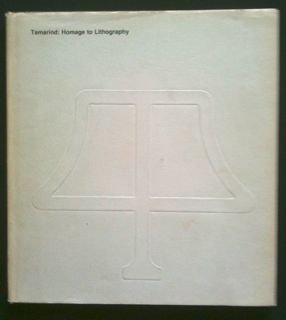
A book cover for Tamarind: Homage to Lithography; W. S. (preface) and V. Allen (introduction) Lieberman; Arts & Photography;